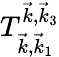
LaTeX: T_{\vec{k},\vec{k}_{1}}^{\vec{k},\vec{k}_{3}}